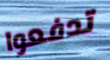
تدفعوا